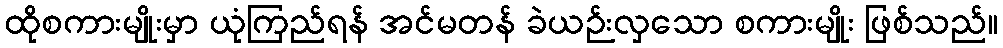
ထိုစကားမျိုးမှာ ယုံကြည်ရန် အင်မတန် ခဲယဉ်းလှသော စကားမျိုး ဖြစ်သည်။